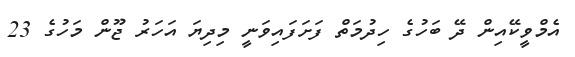
އެމްވީކޭއިން ދޭ ބަހުގެ ހިދުމަތް ފަށަފައިވަނީ މިދިޔަ އަހަރު ޖޫން މަހުގެ 23